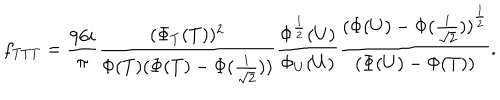
f _ { T T T } = \frac { 9 6 i } { \pi } \frac { ( \Phi _ { T } ( T ) ) ^ { 2 } } { \Phi ( T ) ( \Phi ( T ) - \Phi ( \frac { i } { \sqrt { 2 } } ) ) } \frac { \Phi ^ { \frac { 1 } { 2 } } ( U ) } { \Phi _ { U } ( U ) } \frac { { ( \Phi ( U ) - \Phi ( \frac { i } { \sqrt { 2 } } ) ) } ^ { \frac { 1 } { 2 } } } { ( \Phi ( U ) - \Phi ( T ) ) } .